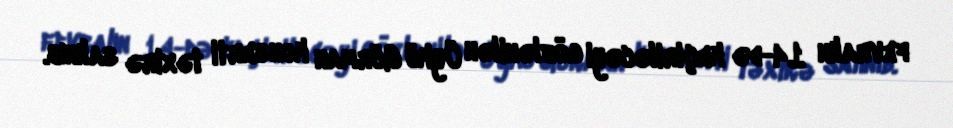
fevralın 14-də keçiriləcəyi gözlənilən Öykü Gürman konserti təxirə salınıb.